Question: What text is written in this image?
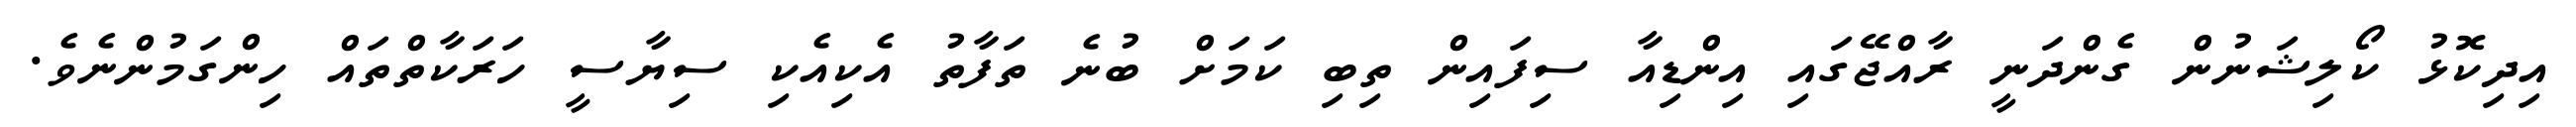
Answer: އިދިކޮޅު ކޯލިޝަނުން ގެންދަނީ ރާއްޖޭގައި އިންޑިއާ ސިފައިން ތިބި ކަމަށް ބުނެ ތަފާތު އެކިއެކި ސިޔާސީ ހަރަކާތްތައް ހިންގަމުންނެވެ.